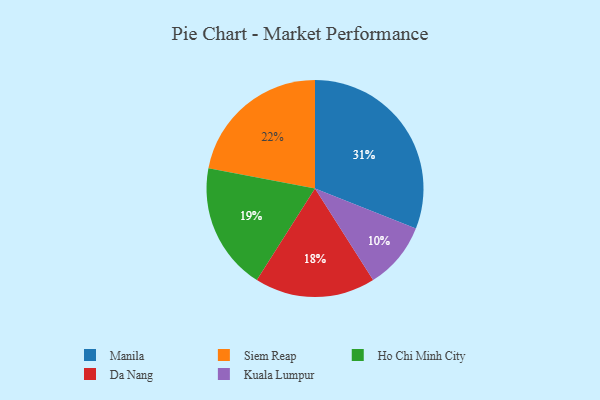
{"axis": {"x": "Category", "y": "Percentage"}, "legend": ["Da Nang", "Ho Chi Minh City", "Kuala Lumpur", "Manila", "Siem Reap"], "data": [{"x": "Da Nang", "y": 18, "type": "Da Nang"}, {"x": "Manila", "y": 31, "type": "Manila"}, {"x": "Ho Chi Minh City", "y": 19, "type": "Ho Chi Minh City"}, {"x": "Kuala Lumpur", "y": 10, "type": "Kuala Lumpur"}, {"x": "Siem Reap", "y": 22, "type": "Siem Reap"}]}